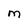
Character: M